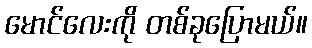
မောင်လေးကို တစ်ခုပြောမယ်။